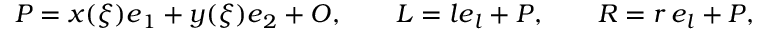
\boldsymbol { P } = x ( \xi ) \boldsymbol { e } _ { 1 } + y ( \xi ) \boldsymbol { e } _ { 2 } + \boldsymbol { O } , \qquad \boldsymbol { L } = l \boldsymbol { e } _ { l } + \boldsymbol { P } , \qquad \boldsymbol { R } = r \, \boldsymbol { e } _ { l } + \boldsymbol { P } ,